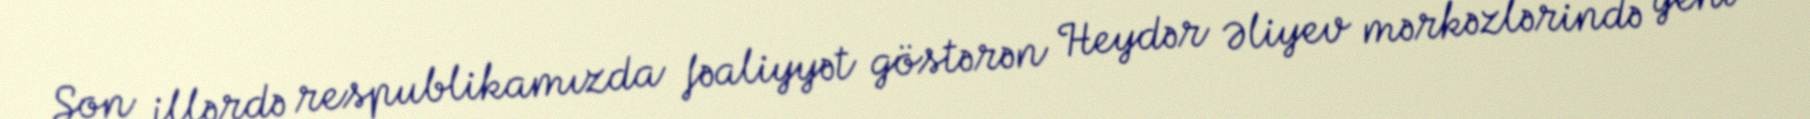
Son illərdə respublikamızda fəaliyyət göstərən Heydər Əliyev mərkəzlərində yeni